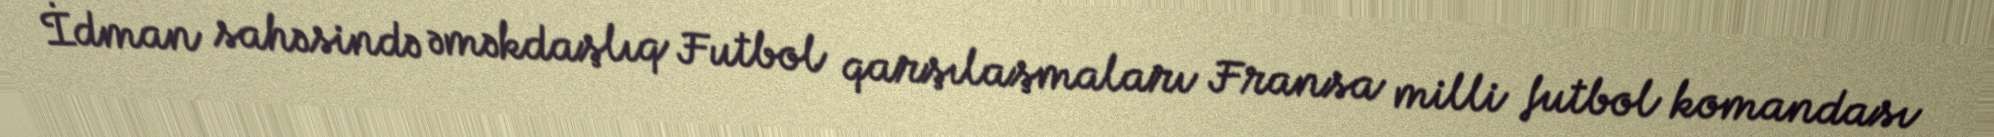
İdman sahəsində əməkdaşlıq Futbol qarşılaşmaları Fransa milli futbol komandası